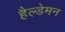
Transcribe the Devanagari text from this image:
हैल्डेमन